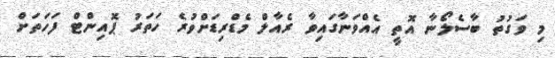
މި ވަގުތު ބާސެލޯނާ އޮތީ އެއްވަނާގައިވާ ރެއާލް މެޑްރިޑަށްވުރެ ހަތަރު ޕޮއިންޓް ފަހަތަށް